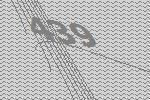
439